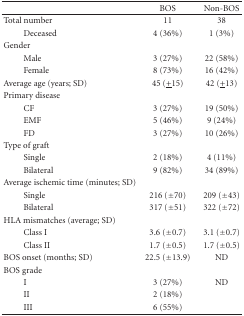
<table><thead><tr><td></td><td><b>BOS</b></td><td><b>Non-BOS</b></td></tr></thead><tbody><tr><td>Total number</td><td>11</td><td>38</td></tr><tr><td>Deceased</td><td>4 (36%)</td><td>1 (3%)</td></tr><tr><td>Gender</td><td></td><td></td></tr><tr><td>Male</td><td>3 (27%)</td><td>22 (58%)</td></tr><tr><td>Female</td><td>8 (73%)</td><td>16 (42%)</td></tr><tr><td>Average age (years; SD)</td><td>45 (<underline>+</underline>15)</td><td>42 (<underline>+</underline>13)</td></tr><tr><td>Primary disease</td><td></td><td></td></tr><tr><td>CF</td><td>3 (27%)</td><td>19 (50%)</td></tr><tr><td>EMF</td><td>5 (46%)</td><td>9 (24%)</td></tr><tr><td>FD</td><td>3 (27%)</td><td>10 (26%)</td></tr><tr><td>Type of graft</td><td></td><td></td></tr><tr><td>Single</td><td>2 (18%)</td><td>4 (11%)</td></tr><tr><td>Bilateral</td><td>9 (82%)</td><td>34 (89%)</td></tr><tr><td>Average ischemic time (minutes; SD)</td><td></td><td></td></tr><tr><td>Single</td><td>216 (±70)</td><td>209 (±43)</td></tr><tr><td>Bilateral</td><td>317 (±51)</td><td>322 (±72)</td></tr><tr><td>HLA mismatches (average; SD)</td><td></td><td></td></tr><tr><td>Class I</td><td>3.6 (±0.7)</td><td>3.1 (±0.7)</td></tr><tr><td>Class II</td><td>1.7 (±0.5)</td><td>1.7 (±0.5)</td></tr><tr><td>BOS onset (months; SD)</td><td>22.5 (±13.9)</td><td>ND</td></tr><tr><td>BOS grade</td><td></td><td></td></tr><tr><td>I</td><td>3 (27%)</td><td>ND</td></tr><tr><td>II</td><td>2 (18%)</td><td></td></tr><tr><td>III</td><td>6 (55%)</td><td></td></tr></tbody></table>